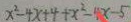
x ^ { 2 } - 4 x + 4 + x ^ { 2 } - 4 x - 5